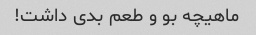
ماهیچه بو و طعم بدی داشت!